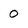
Character: o